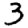
Digit: 3